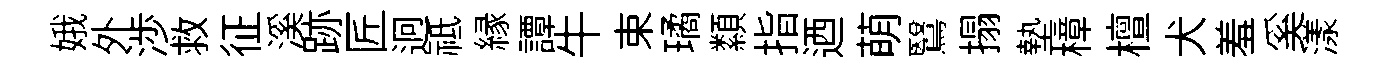
娥外渉救征溪跡匠迥祗縁譚牛束璚纇指迺萌鷖搨墊樟檀犬羞奚漾